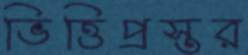
ভিত্তিপ্রস্তর